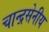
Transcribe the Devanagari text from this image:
चान्द्रसेनीय